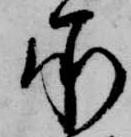
承